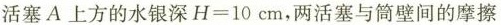
活塞A上方的水银深H=10cm，两活塞与筒壁间的摩擦